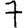
Digit: 7